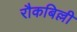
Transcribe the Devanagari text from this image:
रौकबिल्ली